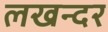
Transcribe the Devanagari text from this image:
लखन्दर